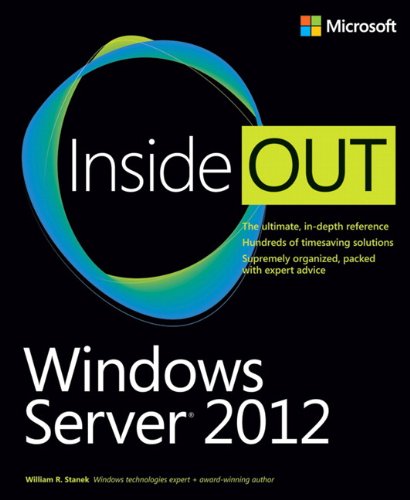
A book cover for Windows Server 2012 Inside Out; William Stanek; Computers & Technology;